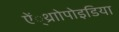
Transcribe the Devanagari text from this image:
ऐं्थ्राोपोइडिया